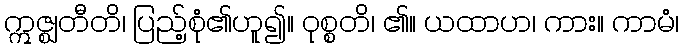
ဣဇ္ဈတီတိ၊ ပြည့်စုံ၏ဟူ၍။ ဝုစ္စတိ၊ ၏။ ယထာဟ၊ ကား။ ကာမံ၊